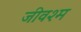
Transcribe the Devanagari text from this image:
जीवश्म